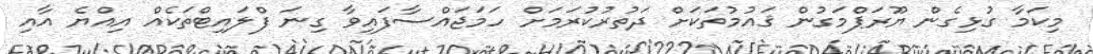
މިކަމާ ގުޅިގެން ޔޫރަޕްމަގުން ޤައުމުތަކަށް ދަތުރުކުރަމަށް ހަމަޖައްސާފައިވާ ގިނަ ފްލައިޓްތަކެއް އިއްޔެ އާއި